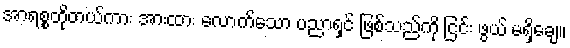
အာရစ္စတိုတယ်ကား အားထား လောက်သော ပညာရှင် ဖြစ်သည်ကို ငြင်း ဖွယ် မရှိချေ။